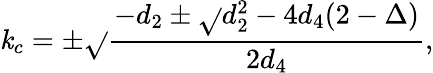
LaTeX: \mathit{k}_{c}=\pm\sqrt{}{{\frac{{-d_{2}\pm\sqrt{}{{d_{2}^{2}-4d_{4}(2-\Delta)}}}}{{2d_{4}}}}},